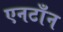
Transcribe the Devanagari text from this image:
एनटाँन